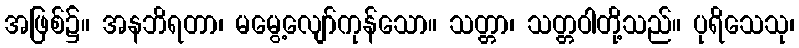
အဖြစ်၌။ အနဘိရတာ၊ မမွေ့လျော်ကုန်သော။ သတ္တာ၊ သတ္တဝါတို့သည်။ ပုရိသေသု၊